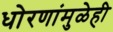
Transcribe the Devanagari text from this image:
धोरणांमुळेही